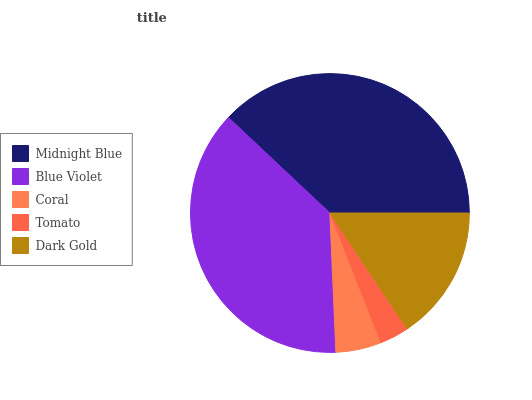
| Midnight Blue | Blue Violet | Coral | Tomato | Dark Gold |
 | --- | --- | --- | --- | --- |
 | 38% | 37.7% | 5.3% | 3.37% | 15.6% |